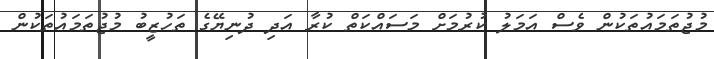
މުޖުތަމައުތަކުން ވެސް އަމަލު ކުރުމަށް މަސައްކަތް ކުރާ އަދި ދުނިޔޭގެ ތަހުޒީބު މުޖުތަމައުތަކުން